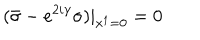
LaTeX: ( { \bar { \sigma } } - e ^ { 2 i \gamma } \sigma ) | _ { x ^ { 1 } = 0 } = 0